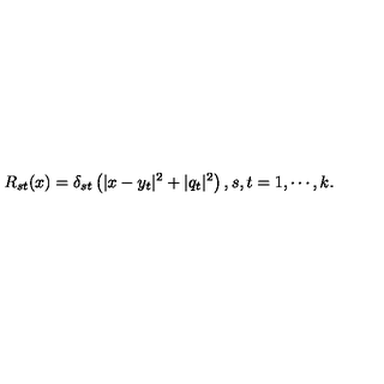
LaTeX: R _ { s t } ( x ) = \delta _ { s t } \left( | x - y _ { t } | ^ { 2 } + | q _ { t } | ^ { 2 } \right) , s , t = 1 , \cdots , k .